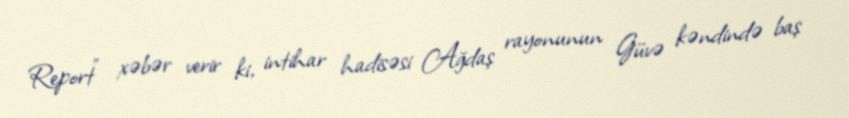
Report" xəbər verir ki, intihar hadisəsi Ağdaş rayonunun Güvə kəndində baş